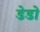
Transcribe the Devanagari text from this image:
डेडो